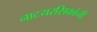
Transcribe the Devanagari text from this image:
नाटयरसिकांनी